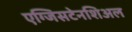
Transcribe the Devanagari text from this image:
एग्जिसटेनशिअल